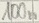
Text: 100n